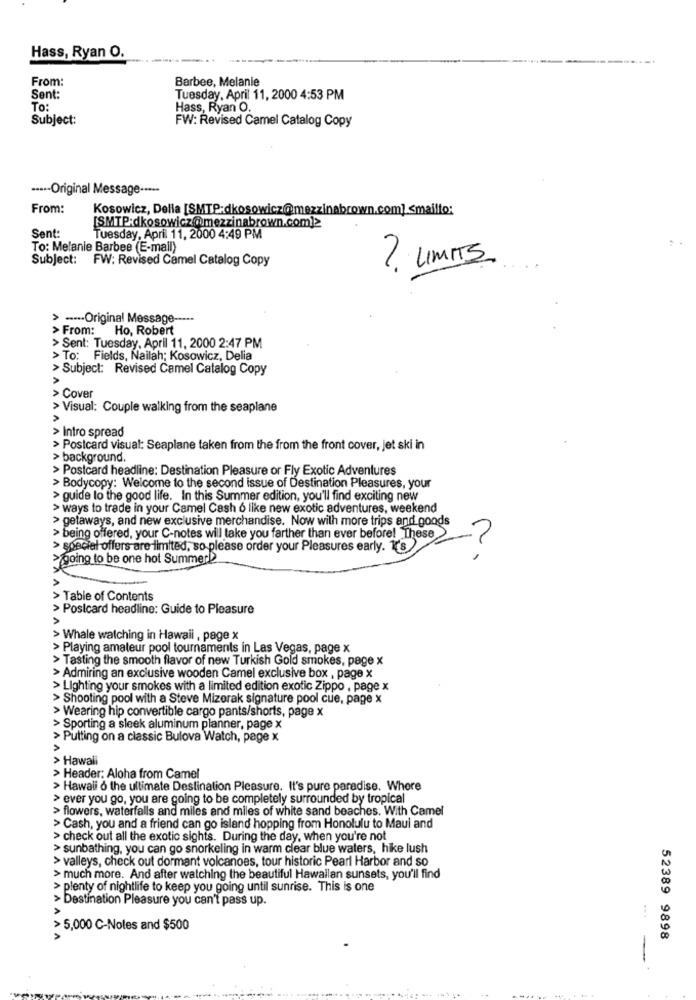
Hass, Ryan O.
From:
Barbee, Melanie
Sent:
Tuesday, April 11, 2000 4:53 PM
To:
Hass, Ryan O.
Subject:
FW: Revised Camel Catalog Copy
····- Original Message ·····
From:
Kosowicz, Della [SMTP:dkosowicz@mezzinabrown.com] <mailto:
[SMTP:dkosowicz@mezzinabrown.com]>
Sent:
Tuesday, April 11, 2000 4:49 PM
To: Melanie Barbee (E-mail)
Subject: FW: Revised Camel Catalog Copy
? LIMITS.
> ----- Original Message -----
> From: Ho, Robert
> Sent: Tuesday, April 11, 2000 2:47 PM
> To: Fields, Nailah; Kosowicz, Delia
> Subject: Revised Camel Catalog Copy
> Cover
> Visual: Couple walking from the seaplane
> Intro spread
> Postcard visual: Seaplane taken from the from the front cover, jet ski in
> background.
> Postcard headline: Destination Pleasure or Fly Exotic Adventures
> Bodycopy: Welcome to the second issue of Destination Pleasures, your
> guide to the good life. In this Summer edition, you'll find exciting new
> ways to trade in your Camel Cash 6 like new exotic adventures, weekend
> getaways, and new exclusive merchandise. Now with more trips and goods
> being offered, your C-notes will take you farther than ever before! "These
> special offers are limited, so please order your Pleasures early. 1's
going to be one hot Summer!
-.
> Table of Contents
> Postcard headline: Guide to Pleasure
AAAAAA
> Whale watching in Hawaii, page x
> Playing amateur pool tournaments in Las Vegas, page x
> Tasting the smooth flavor of new Turkish Gold smokes, page x
> Admiring an exclusive wooden Camel exclusive box , page x
> Lighting your smokes with a limited edition exotic Zippo , page x
> Shooting pool with a Steve Mizerak signature pool cue, page x
> Wearing hip convertible cargo pants/shorts, page x
> Sporting a sleek aluminum planner, page x
> Putting on a classic Bulova Watch, page x
> Hawali
> Header: Aloha from Camel
> Hawali o the ultimate Destination Pleasure. It's pure paradise. Where
> ever you go, you are going to be completely surrounded by tropical
> flowers, waterfalls and miles and miles of white sand beaches. With Camel
> Cash, you and a friend can go island hopping from Honolulu to Maul and
> check out all the exotic sights. During the day, when you're not
> sunbathing, you can go snorkeling in warm clear blue waters, hike lush
> valleys, check out dormant volcanoes, tour historic Pearl Harbor and so
> much more. And after watching the beautiful Hawallan sunsets, you'll find
> plenty of nightlife to keep you going until sunrise. This is one
> Destination Pleasure you can't pass up.
> 5,000 C-Notes and $500
52389 9898
-